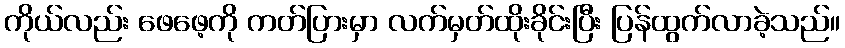
ကိုယ်လည်း ဖေဖေ့ကို ကတ်ပြားမှာ လက်မှတ်ထိုးခိုင်းပြီး ပြန်ထွက်လာခဲ့သည်။